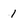
Character: 1